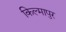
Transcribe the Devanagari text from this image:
किल्मापुर